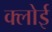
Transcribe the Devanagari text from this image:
क्लोई